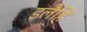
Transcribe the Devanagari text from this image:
इलैहि